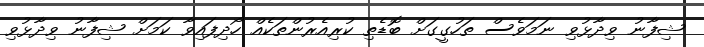
ޝިފާނު ވިދާޅުވި ނަމަވެސް ތަހުގީގަށް ބޮޑެތި ކުރިއެރުންތަކެއް ހޯދިފައިވާ ކަމަށް ޝިފާނު ވިދާޅުވި